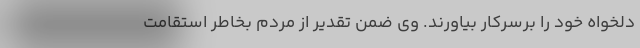
دلخواه خود را برسرکار بیاورند. وی ضمن تقدیر از مردم بخاطر استقامت